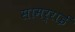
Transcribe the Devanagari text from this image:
सामर्राई